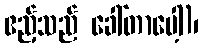
ဧည့်သည် ခေါ်တာပေါ့)၊